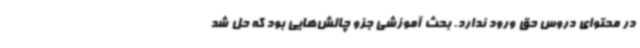
در محتوای دروس حق ورود ندارد. بحث آموزشی جزو چالش‌هایی بود که حل شد